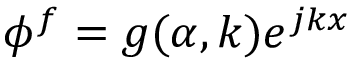
\phi ^ { f } = g ( \alpha , k ) e ^ { j k x }